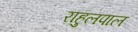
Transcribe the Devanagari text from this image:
राहुलपाल